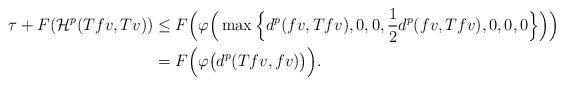
LaTeX: \begin{align*}\tau + F(\mathcal{H}^p(Tfv,Tv)) &\leq F \Big(\varphi\Big(\max\Big\{d^p(fv,Tfv),0,0,\frac{1}{2}d^p(fv,Tfv),0,0,0\Big\}\Big) \Big)\\ &= F \Big(\varphi\big(d^p(Tfv,fv)\big)\Big).\end{align*}